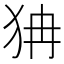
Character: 𤝫